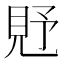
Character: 𧠐